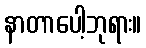
နာတာပေါ့ဘုရား။